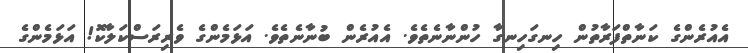
އެއުރެންގެ ކަނާތްފަރާތުން ހިނގަހިނގާ ހުންނާނެތެވެ. އެއުރެން ބުނާނެތެވެ. އަޅަމެންގެ ވެރިރަސްކަލާކޮ! އަޅަމެންގެ